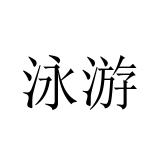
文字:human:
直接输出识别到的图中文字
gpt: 泳游